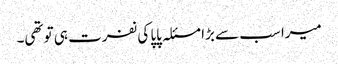
میرا سب سے بڑا مسئلہ پاپا کی نفرت ہی تو تھی۔